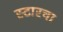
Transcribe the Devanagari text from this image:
स्टारचा